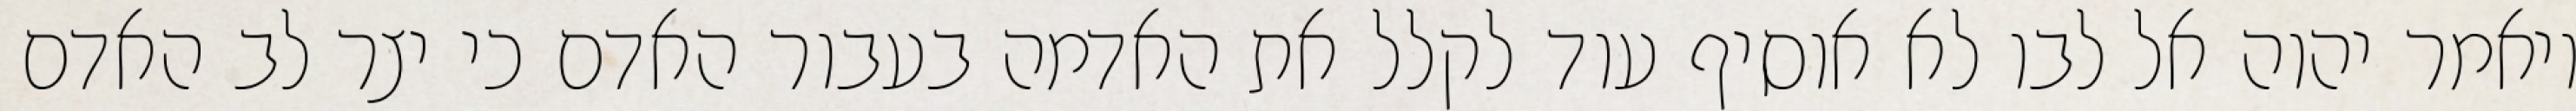
ויאמר יהוה אל לבו לא אוסיף עוד לקלל את האדמה בעבור האדם כי יצר לב האדם